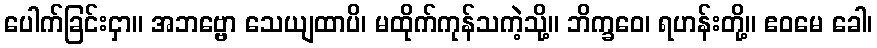
ပေါက်ခြင်းငှာ။ အဘဗ္ဗော သေယျထာပိ၊ မထိုက်ကုန်သကဲ့သို့။ ဘိက္ခဝေ၊ ရဟန်းတို့။ ဧဝမေ ခေါ၊